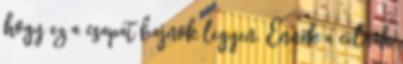
hogy ez a csapat bajnok legyen. Ennek a célnak